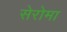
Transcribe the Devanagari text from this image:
सेरोमा